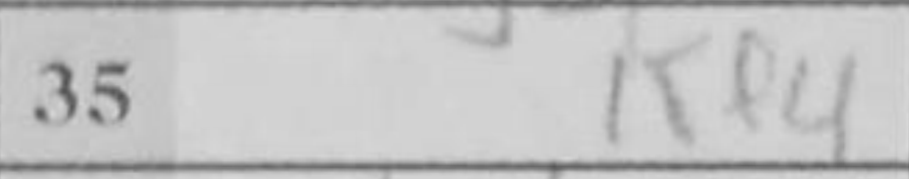
Transcription: Kf4